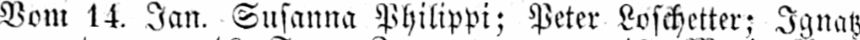
Vom 14. Jan. Susanna Philippi; Peter Loschetter: Ignatz